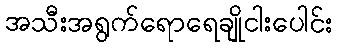
အသီးအရွက်ရောရေချိုငါးပေါင်း